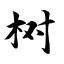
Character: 树